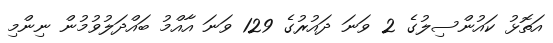
އަތޮޅު ކައުންސިލުގެ 2 ވަނަ ދައުރުގެ 129 ވަނަ އާއްމު ބައްދަލުވުމުން ނިންމި